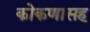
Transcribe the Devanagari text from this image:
कोकणासह